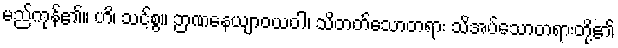
မည်ကုန်၏။ ဟိ၊ သင့်စွ။ ဉာဏနေယျာဝယဝါ၊ သိတတ်သောတရား သိအပ်သောတရားတို့၏